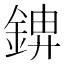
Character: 𮢋